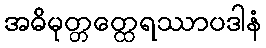
အဓိမုတ္တတ္ထေရဿာပဒါနံ